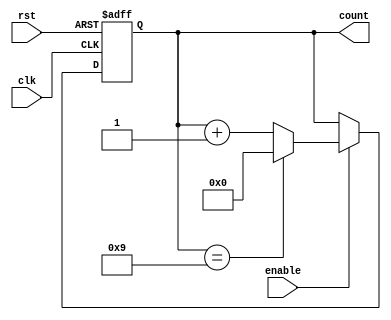
module BCD_Up_Counter(
    input wire clk,           // Clock signal
    input wire rst,           // Reset signal
    input wire enable,        // Enable signal
    output reg [3:0] count    // BCD Up Counter output
);

// Internal signals
reg [3:0] bcd_temp;    // Temporary BCD counter value
reg carry_out;         // Carry out signal

always @ (posedge clk or posedge rst) begin
    if (rst) begin
        bcd_temp <= 4'b0000; // Reset to all zeros
        carry_out <= 1'b0;   // Reset the carry signal
    end
    else if (enable) begin
        // Increment the BCD counter by one on each clock cycle
        if (bcd_temp == 4'b1001) begin
            bcd_temp <= 4'b0000; // Reset the current digit to zero
            carry_out <= 1'b1;   // Propagate the carry signal to the next digit
        end
        else begin
            bcd_temp <= bcd_temp + 4'b0001; // Increment the current digit by one
            carry_out <= 1'b0;               // Reset the carry signal
        end
    end
end

// Assign the output value
assign count = bcd_temp;

endmodule